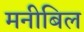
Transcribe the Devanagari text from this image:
मनीबिल